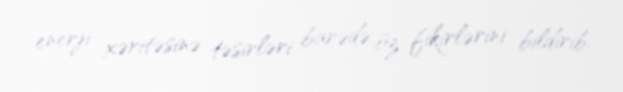
enerji xəritəsinə təsirləri barədə öz fikirlərini bildirib.